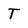
Character: T